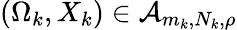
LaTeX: (\Omega_{k},X_{k})\in\mathcal A_{m_{k},N_{k},\rho}